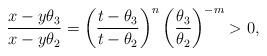
LaTeX: \begin{align*} \frac{x-y\theta_3}{x-y\theta_2}=\left(\frac{t-\theta_3}{t-\theta_2} \right)^n \left(\frac{\theta_3}{\theta_2}\right)^{-m} > 0, \end{align*}